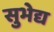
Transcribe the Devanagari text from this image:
सुभेद्य